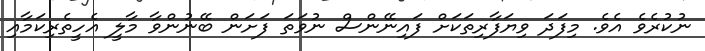
ނުކުރެވެ އެވެ. މިފަދަ ވިޔަފާރިތަކަށް ފައިނޭންސް ނުވަތަ ފަށަން ބޭނުންވާ މާލީ އެހީތެރިކަމާއި